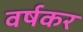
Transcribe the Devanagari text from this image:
वर्षकर